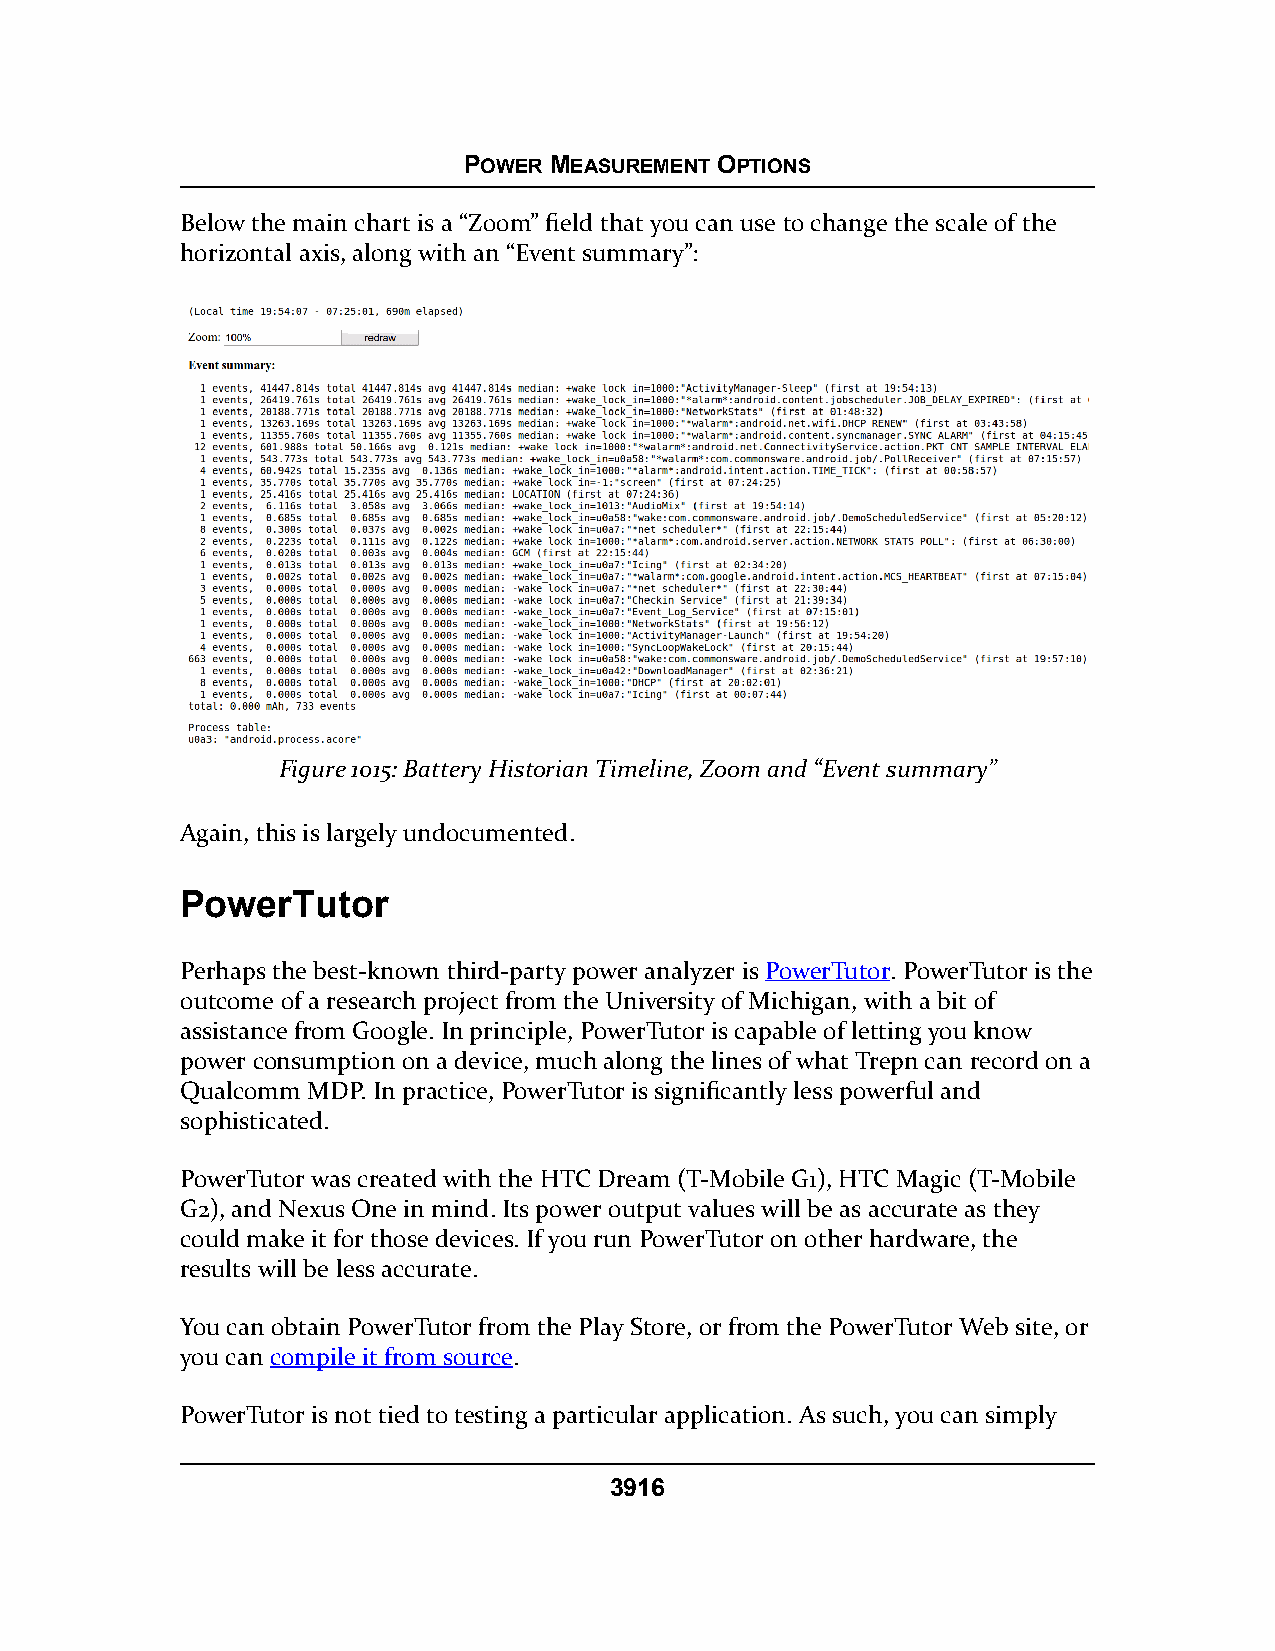
POWER MEASUREMENT OPTIONS
 Below the main chart is a “Zoom” field that you can use to change the scale of the
 horizontal axis, along with an “Event summary”:
 Figure 1015: Battery Historian Timeline, Zoom and “Event summary”
 Again, this is largely undocumented.
 PowerTutor
 Perhaps the best-known third-party power analyzer is PowerTutor. PowerTutor is the
 outcome of a research project from the University of Michigan, with a bit of
 assistance from Google. In principle, PowerTutor is capable of letting you know
 power consumption on a device, much along the lines of what Trepn can record on a
 Qualcomm MDP. In practice, PowerTutor is significantly less powerful and
 sophisticated.
 PowerTutor was created with the HTC Dream (T-Mobile G1), HTC Magic (T-Mobile
 G2), and Nexus One in mind. Its power output values will be as accurate as they
 could make it for those devices. If you run PowerTutor on other hardware, the
 results will be less accurate.
 You can obtain PowerTutor from the Play Store, or from the PowerTutor Web site, or
 you can compile it from source.
 PowerTutor is not tied to testing a particular application. As such, you can simply
 3916